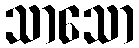
သာသော